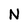
Character: N